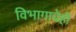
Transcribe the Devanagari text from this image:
विभागाचेही